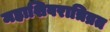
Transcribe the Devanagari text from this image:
महाशिवरात्रिव्रत